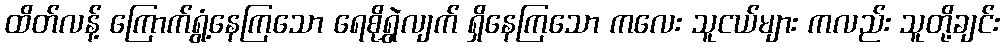
ထိတ်လန့် ကြောက်ရွံ့နေကြသော ရေစိုရွှဲလျက် ရှိနေကြသော ကလေး သူငယ်များ ကလည်း သူတို့ချင်း